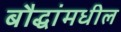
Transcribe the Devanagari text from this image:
बौद्धांमधील